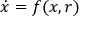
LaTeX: { \dot { x } } = f ( x , r )